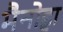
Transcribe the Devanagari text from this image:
मैनोह्ला